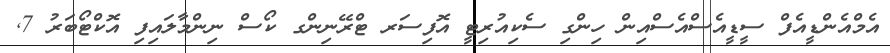
އެމްއެންޑީއެފް ސީޑީއެސްއެސްއިން ހިންގި ސެކިއުރިޓީ އޮފިސަރ ޓްރޭނިންގ ކޯސް ނިންމާލައިފި އޮކްޓޯބަރު 7